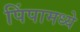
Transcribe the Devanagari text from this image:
पिंपामध्ये